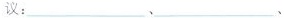
议：___、___、